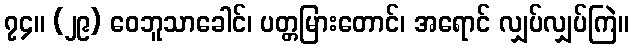
၇၄။ (၂၉) ဝေဘူသာခေါင်၊ ပတ္တမြားတောင်၊ အရောင် လျှပ်လျှပ်ကြဲ။